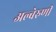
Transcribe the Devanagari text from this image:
अल्बेरुणी